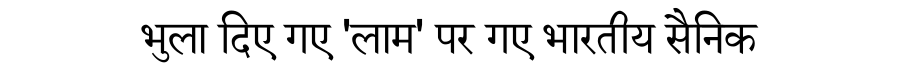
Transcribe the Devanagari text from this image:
भुला दिए गए 'लाम' पर गए भारतीय सैनिक